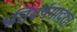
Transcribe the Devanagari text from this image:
प्रतिवर्षमादरत्